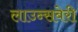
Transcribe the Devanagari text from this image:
लाउन्सबेरी